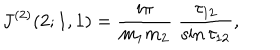
J ^ { ( 2 ) } ( 2 ; 1 , 1 ) = \frac { \mathrm { i } \pi } { m _ { 1 } m _ { 2 } } \; \frac { \tau _ { 1 2 } } { \sin \tau _ { 1 2 } } ,